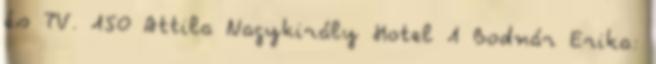
és TV. 150 Attila Nagykirály Hotel 1 Bodnár Erika: